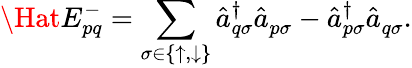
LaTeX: \Hat{E}_{pq}^{-}=\sum_{\sigma\in\{ \uparrow,\downarrow\} }\hat{a}_{q\sigma}^{\dagger}\hat{a}_{p\sigma}^{\vphantom{\dagger}}-\hat{a}_{p\sigma}^{\dagger}\hat{a}_{q\sigma}^{\vphantom{\dagger}}.